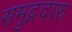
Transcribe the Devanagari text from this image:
समुद्गदारु